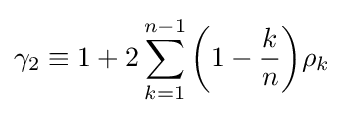
\gamma _{2}\equiv 1+2\sum _{k=1}^{n-1}{\left(1-{\frac {k}{n}}\right)}\rho _{k}